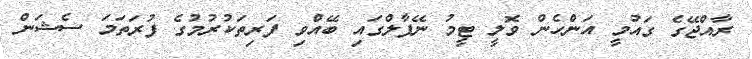
ރާއްޖޭގެ ގައުމީ އަންހެން ވޮލީ ޓީމު ނޭޕާލްގައި ބޭއްވި ފަރިތަކުރުމުގެ ފުރަތަމަ ސެޝަން